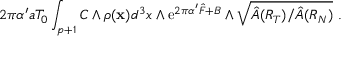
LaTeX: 2 \pi \alpha ^ { \prime } a T _ { 0 } \int _ { p + 1 } C \wedge \rho ( { \bf x } ) d ^ { 3 } x \wedge \mathrm { e } ^ { 2 \pi \alpha ^ { \prime } { \hat { F } } + B } \wedge \sqrt { \hat { A } ( R _ { T } ) / \hat { A } ( R _ { N } ) } ~ .